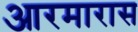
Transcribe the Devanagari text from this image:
आरमारास